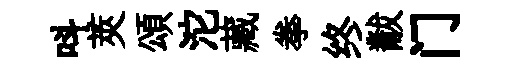
呌莢頌沱藏拳终黻门